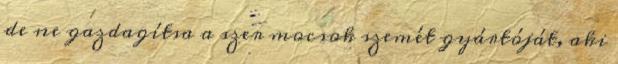
de ne gazdagítsa a szer mocsok szemét gyártóját, aki